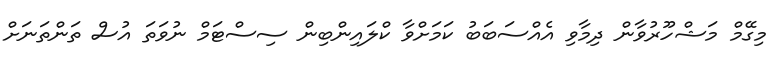
މިގޭމް މަޝްހޫރުވާން ދިމާވި އެއްސަބަބު ކަމަށްވާ ކްލައިންބިން ސިސްޓަމް ނުވަތަ އުސް ތަންތަނަށް